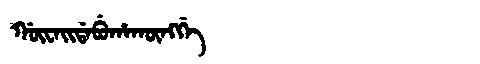
Manchu: ᡤᡡᠸᠠᡳᡩᠠᠪᡠᡥᠠᡴᡡᠩᡤᡝ
Romanization: GŪWAIDABUHAKŪNGGE